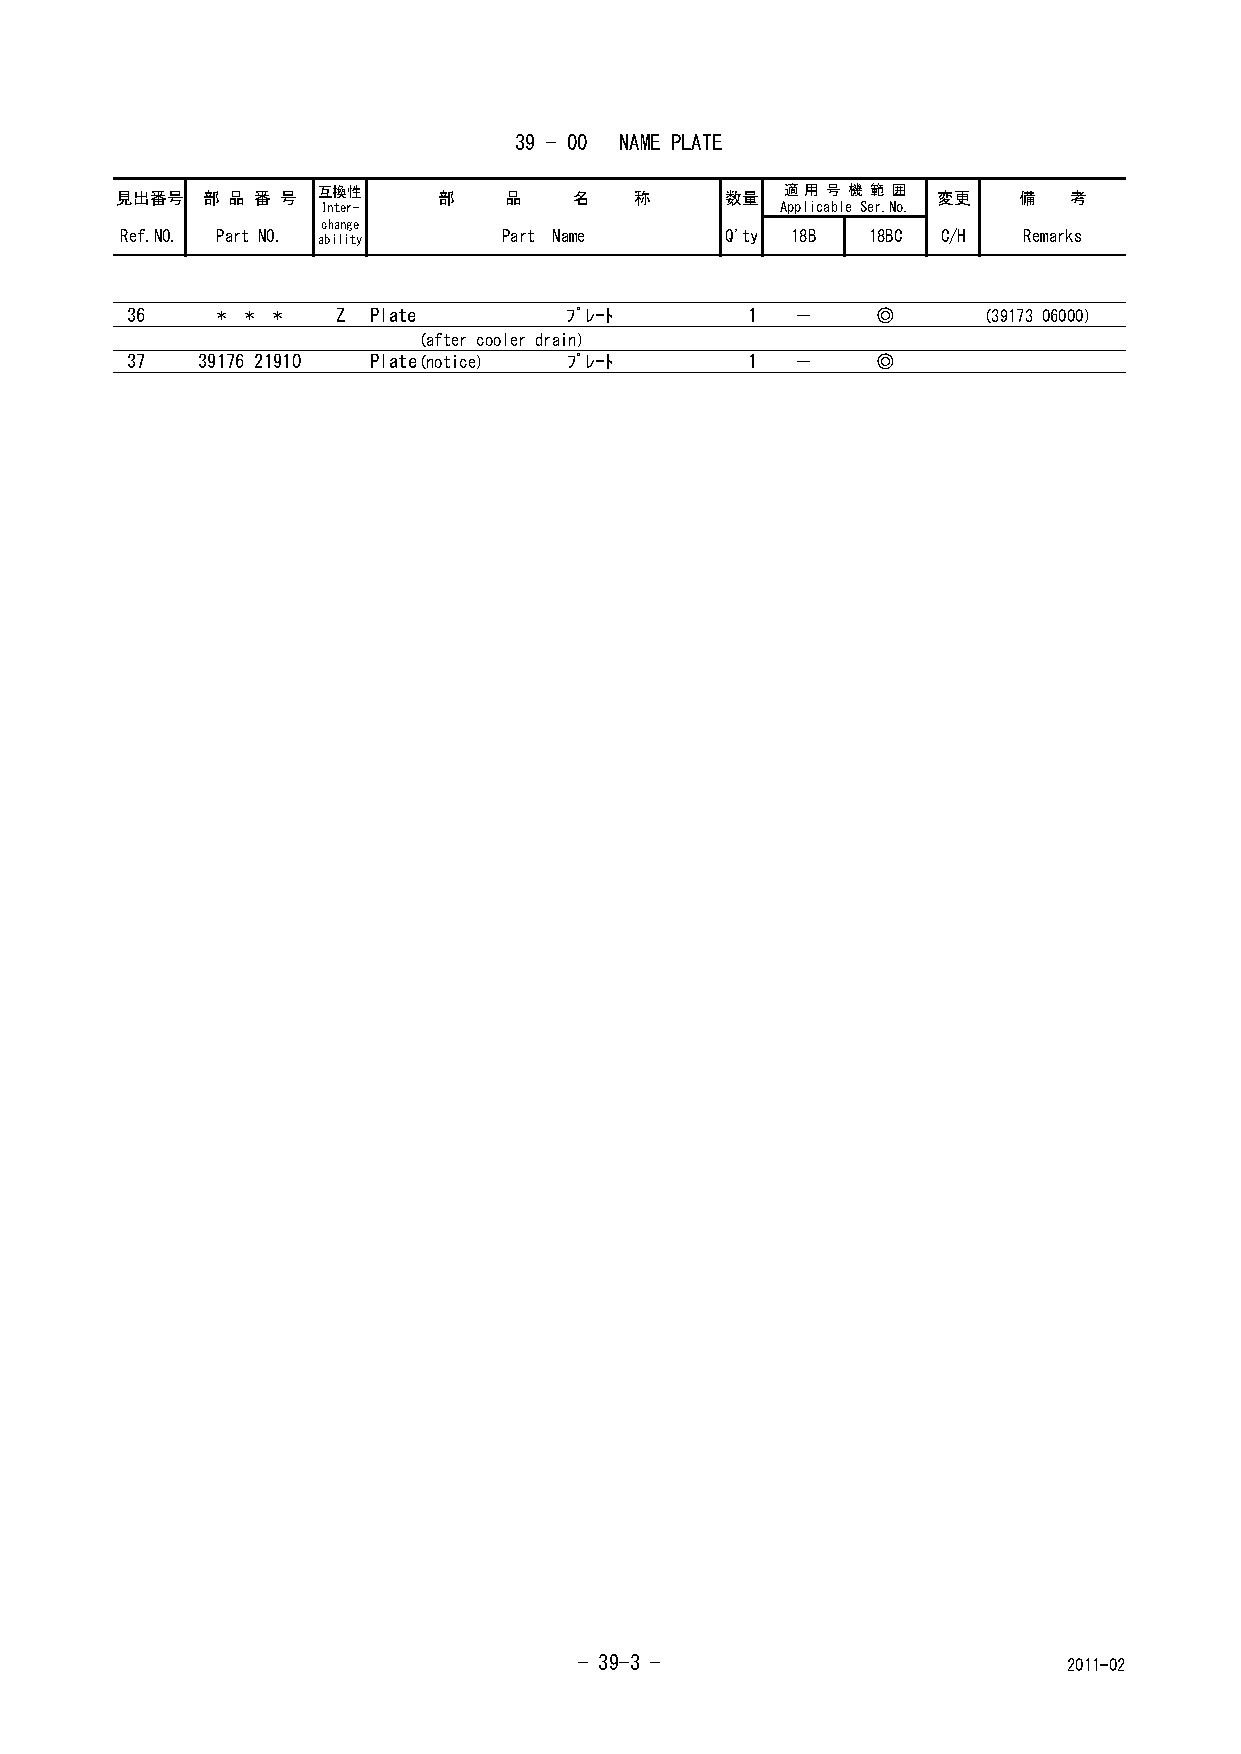
39 - 00 NAME PLATE
 見出番号 部 品 番 号 互換性     部   品    名   称     数量  適 用 号 機 範 囲 変更 備   考
 Inter-                         Applicable Ser.No.
 change
 Ref.NO. Part NO. ability Part Name      Q'ty 18B 18BC C/H   Remarks
 36    * * *   Z Plate         ﾌﾟﾚｰﾄ       1  －    ◎      (39173 06000)
 (after cooler drain)
 37   39176 21910 Plate(notice) ﾌﾟﾚｰﾄ      1  －    ◎
 - 39-3 -                         2011-02